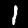
Digit: 1